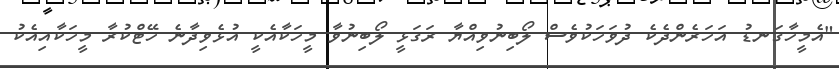
"އެމީހާގަނޑު އަހަރެންދެކެ ދުވަހަކުވެސް ލޯބިނުވިއްޔާ ރަގަޅީ ލޯބިނުވާ މީހަކާއެކީ އުޅެވިދާނެ ހޭޓްކުރާ މީހަކާއިއެކު